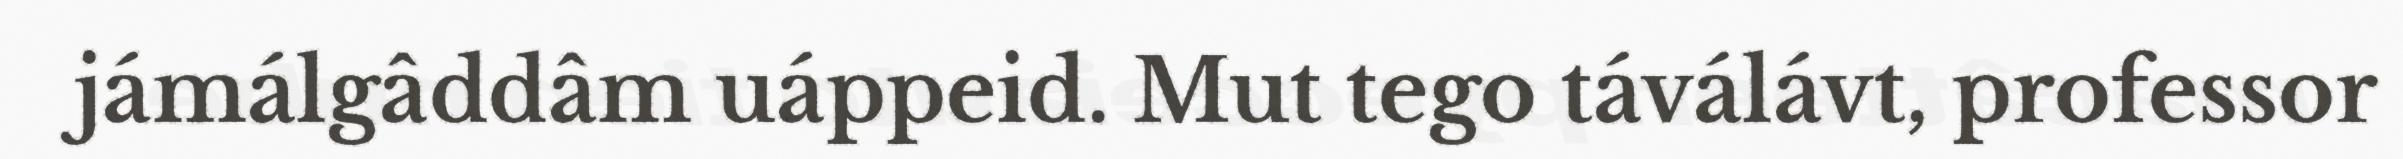
jámálgâddâm uáppeid. Mut tego táválávt, professor